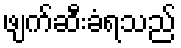
ဖျက်ဆီးခံရသည်